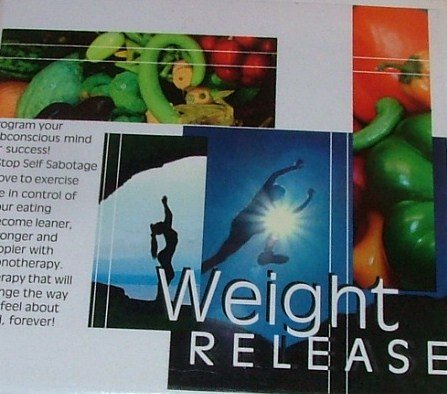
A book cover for Weight Release 4CD Set - Eight Sessions; Wendi Friesen; Health, Fitness & Dieting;